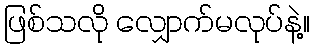
ဖြစ်သလို လျှောက်မလုပ်နဲ့။